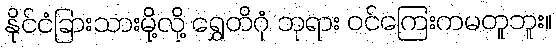
နိုင်ငံခြားသားမို့လို့ ရွှေတိဂုံ ဘုရား ဝင်ကြေးကမတူဘူး။